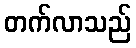
တက်လာသည်